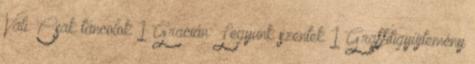
Vali: Csak táncolok 1 Gracián: Legyünk szentek 1 Graffitigyűjtemény